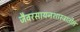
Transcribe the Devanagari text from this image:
जैवरसायनशास्त्रातील